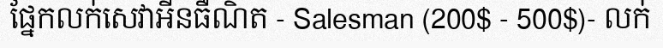
ផ្នែកលក់សេវាអីនធឺណិត - Salesman (200$ - 500$)- លក់